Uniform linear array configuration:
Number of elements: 12
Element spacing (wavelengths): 0.5
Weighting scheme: hamming
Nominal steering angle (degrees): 15
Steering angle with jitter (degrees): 16.641
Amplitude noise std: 0.05
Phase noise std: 0.05

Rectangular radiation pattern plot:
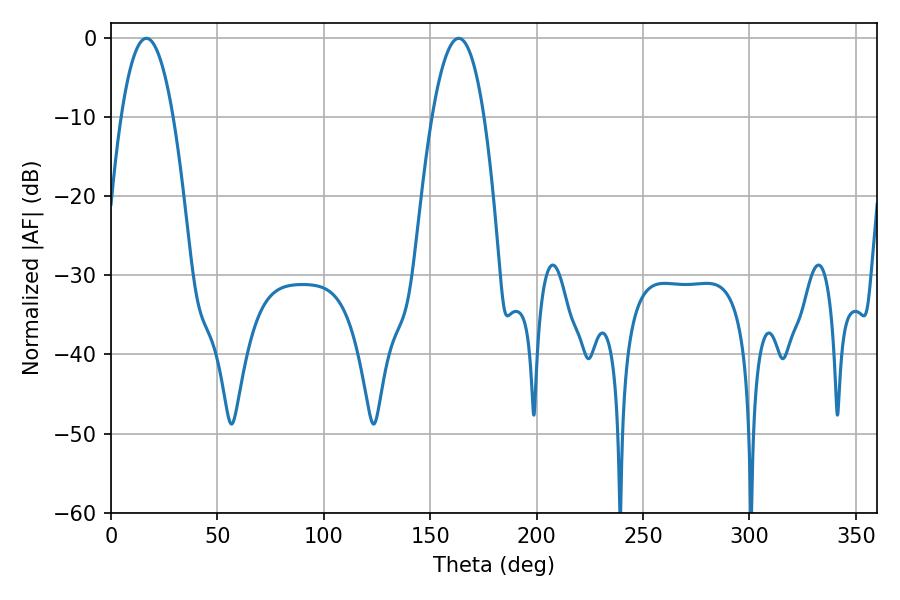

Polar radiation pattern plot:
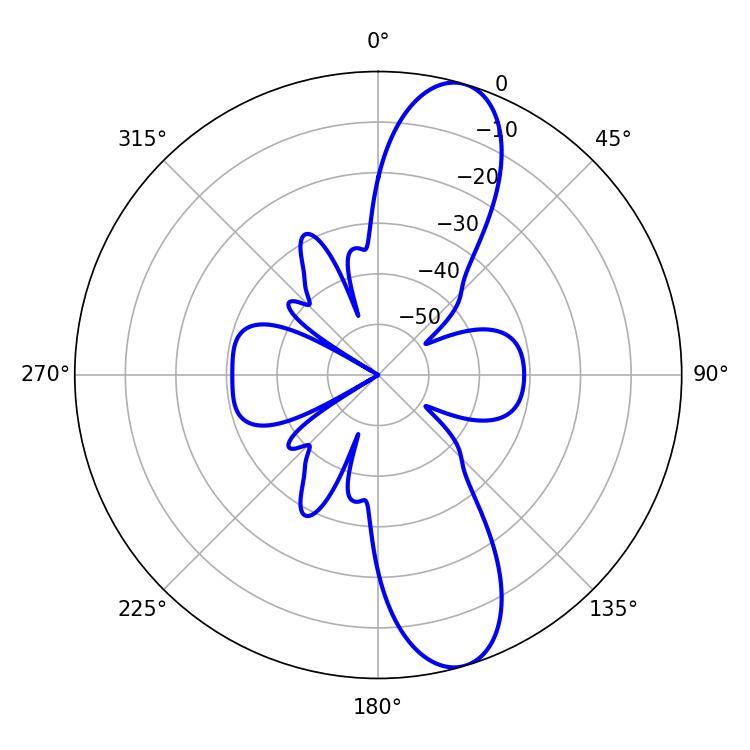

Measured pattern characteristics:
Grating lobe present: FALSE
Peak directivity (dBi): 11.401
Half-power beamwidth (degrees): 13.5
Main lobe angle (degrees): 16.56